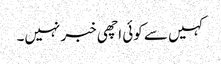
کہیں سے کوئی اچھی خبر نہیں۔